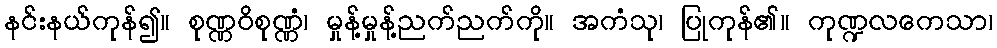
နင်းနယ်ကုန်၍။ စုဏ္ဏဝိစုဏ္ဏံ၊ မှုန့်မှုန့်ညက်ညက်ကို။ အကံသု၊ ပြုကုန်၏။ ကုဏ္ဍလကေသာ၊